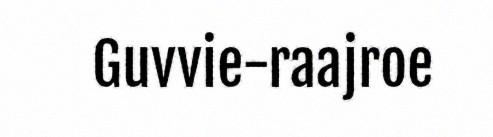
Guvvie-raajroe